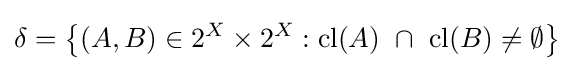
\delta =\left\{(A,B)\in 2^{X}\times 2^{X}:{\mbox{cl}}(A)\ \cap \ {\mbox{cl}}(B)\neq \emptyset \right\}